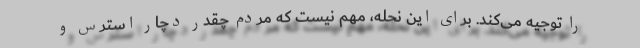
را توجیه می‌کند. برای این نحله، مهم نیست که مردم چقدر دچار استرس و